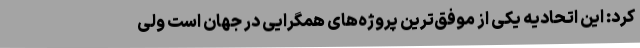
کرد: این اتحادیه یکی از موفق‌ترین پروژه‌های همگرایی در جهان است ولی